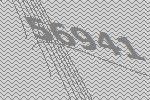
56941